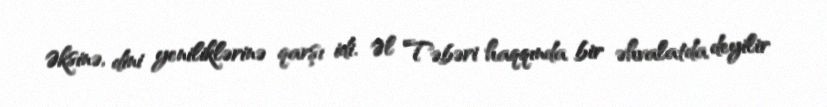
Əksinə, dini yeniliklərinə qarşı idi. Əl Təbəri haqqında bir əhvalatda deyilir